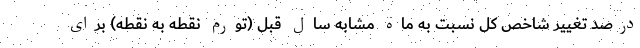
درصد تغییر شاخص کل نسبت به ماه مشابه سال قبل (تورم نقطه به نقطه) برای